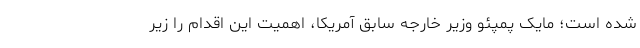
شده است؛ مایک پمپئو وزیر خارجه سابق آمریکا، اهمیت این اقدام را زیر